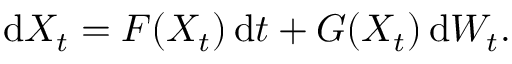
\mathrm { d } X _ { t } = F ( X _ { t } ) \, \mathrm { d } t + G ( X _ { t } ) \, \mathrm { d } W _ { t } .